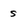
Character: s